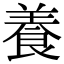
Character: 養